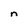
Character: n